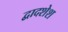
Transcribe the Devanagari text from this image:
द्वादशेश